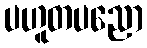
ပဟူတပညော